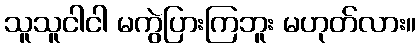
သူသူငါငါ မကွဲပြားကြဘူး မဟုတ်လား။